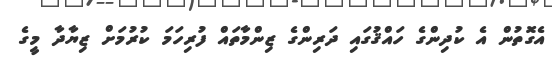
އެގޮތުން އެ ކުދިންގެ ހައްޤުގައި ދަރިންގެ ޒިންމާތައް ފުރިހަމަ ކުރުމަށް ޒިޔާދާ މީގެ